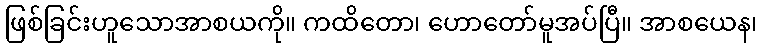
ဖြစ်ခြင်းဟူသောအာစယကို။ ကထိတော၊ ဟောတော်မူအပ်ပြီ။ အာစယေန၊